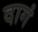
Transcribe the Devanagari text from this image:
दागं